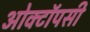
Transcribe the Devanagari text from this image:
ओक्टॉपसी